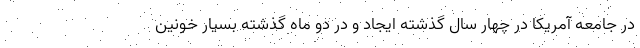
در جامعه آمریکا در چهار سال گذشته ایجاد و در دو ماه گذشته بسیار خونین